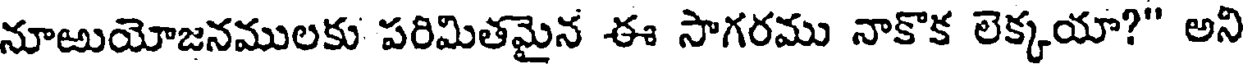
నూఱుయోజనములకు పరిమితమైన ఈ సాగరము నాకొక లెక్కయా?" అని